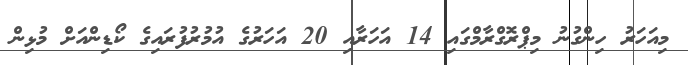
މިއަހަރު ހިންގުނު މިޕްރޮގްރާމްގައި 14 އަހަރާއި 20 އަހަރުގެ އުމުރުފުރައިގެ ކޯޑިންއަށް މުޅިން